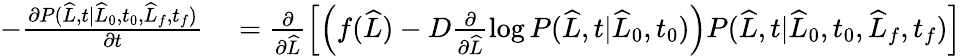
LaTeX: \begin{array}{rl}{-\frac{\partial P(\widehat{L},t|\widehat{L}_{0},t_{0},\widehat{L}_{f},t_{f})}{\partial t}}&{{}=\frac{\partial}{\partial\widehat{L}}\left[\left(f(\widehat{L})-D\frac{\partial}{\partial\widehat{L}}\log P(\widehat{L},t|\widehat{L}_{0},t_{0})\right)P(\widehat{L},t|\widehat{L}_{0},t_{0},\widehat{L}_{f},t_{f})\right]}\end{array}